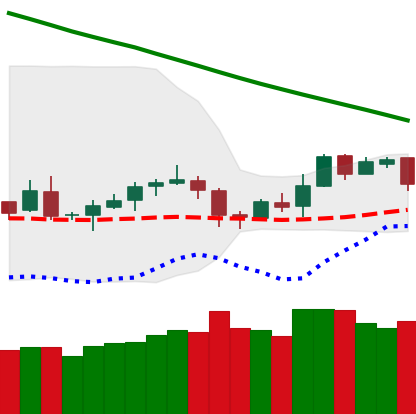
Ticker: LTC-USD
Chart end date: 2019-02-06
Forward return: 31.122%
Label: up_7plus